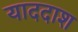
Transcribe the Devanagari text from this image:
याददाश